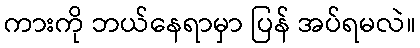
ကားကို ဘယ်နေရာမှာ ပြန် အပ်ရမလဲ။